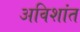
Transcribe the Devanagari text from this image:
अविशांत